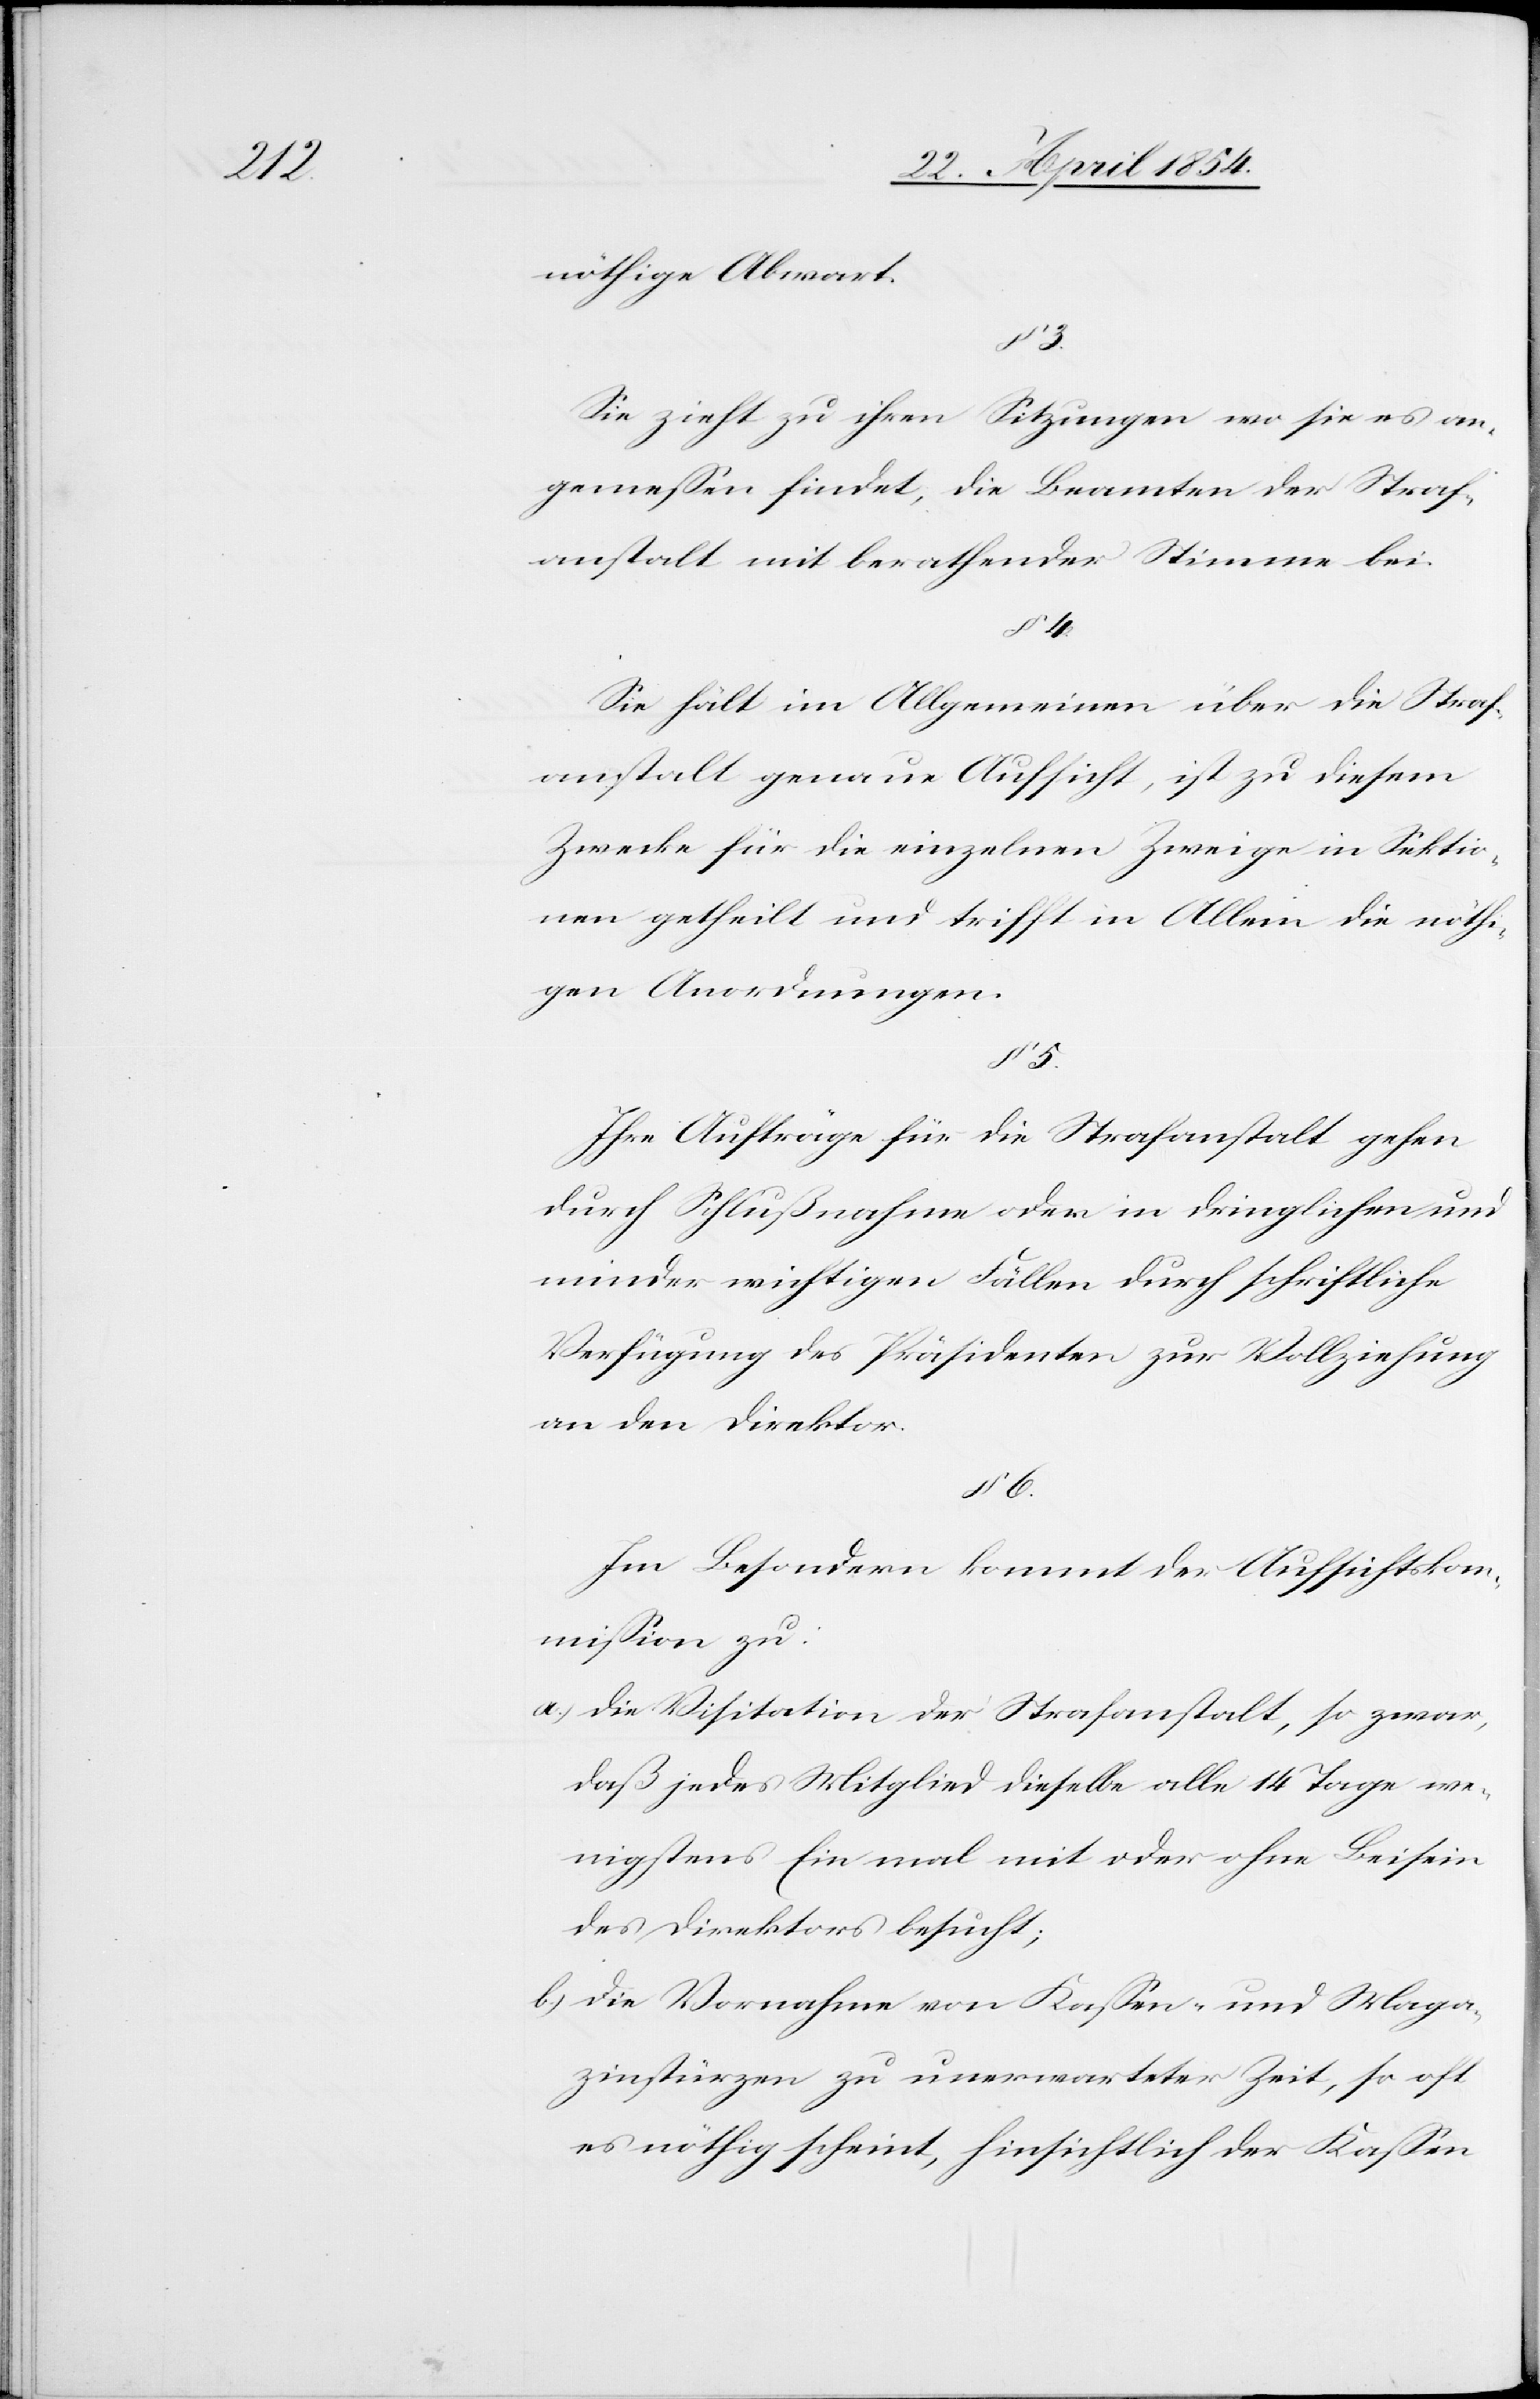
5.

nöthige Abwart.
§ 3.
Sie zieht zu ihren Sitzungen wo sie es an¬
gemeßen findet, die Beamten der Straf¬
anstalt mit berathender Stimme bei.
§ 4.
Sie hält im Allgemeinen über die Straf¬
anstalt genaue Aufsicht, ist zu diesem
Zwecke für die einzelnen Zweige in Sektio¬
nen getheilt und trifft in Allem die nöthi¬
gen Anordnungen.
Ihre Aufträge für die Strafanstalt gehen
durch Schlußnahme oder in dringlichen und
minder wichtigen Fällen durch schriftliche
Verfügung des Präsidenten zur Vollziehung
an den Direktor.
§ 6.
Im Besonderen kommt der Aufsichtskom¬
mißion zu:
a.) Die Visitation der Strafanstalt, so zwar,
daß jedes Mitglied dieselbe alle 14 Tage we¬
nigstens Ein mal mit oder ohne Beisein
des Direktors besucht;
b.) Die Vornahme von Kaßen- und Maga¬
zinstürzen zu unerwarteter Zeit, so oft
es nöthig scheint, hinsichtlich der Kaßen